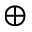
\oplus